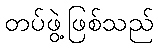
တပ်ဖွဲ့ဖြစ်သည်